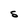
Character: S